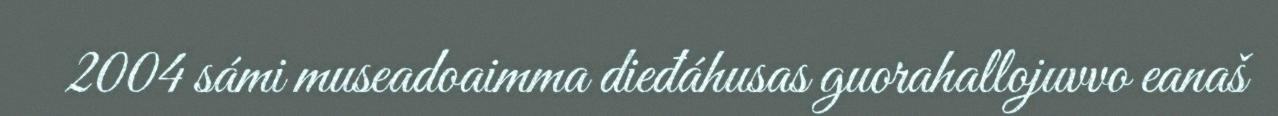
2004 sámi museadoaimma dieđáhusas guorahallojuvvo eanaš